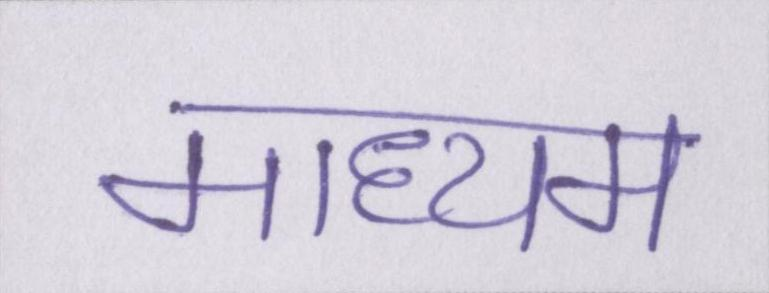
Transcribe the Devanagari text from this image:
माध्यम